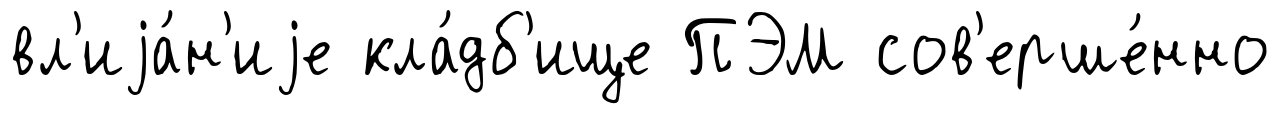
вл'иjа́н'иjе кла́дб'ище ПЭМ сов'ерше́нно